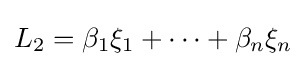
L_{2}=\beta _{1}\xi _{1}+\cdots +\beta _{n}\xi _{n}